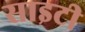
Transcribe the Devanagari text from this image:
साइटी